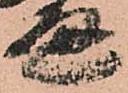
通